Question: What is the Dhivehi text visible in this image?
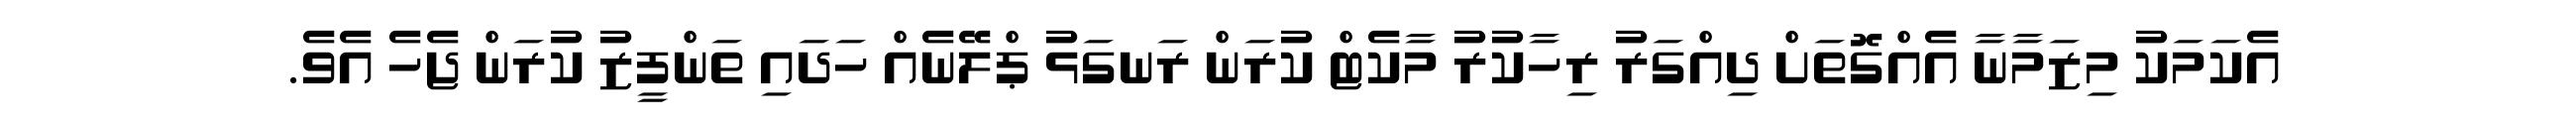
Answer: އެކަމަކު މިޒަމާނާ އެއްގޮތަށް ދިއްގަރު ރިހާކުރު މާކެޓް ކުރަން ރަނގަޅު ޕްލޭނެއް ހަދައި ތަންފީޒު ކުރަން ޖެހެ އެވެ.